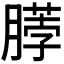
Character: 𫆲